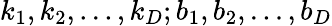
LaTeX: k_{1},k_{2},...,k_{D};b_{1},b_{2},...,b_{D}